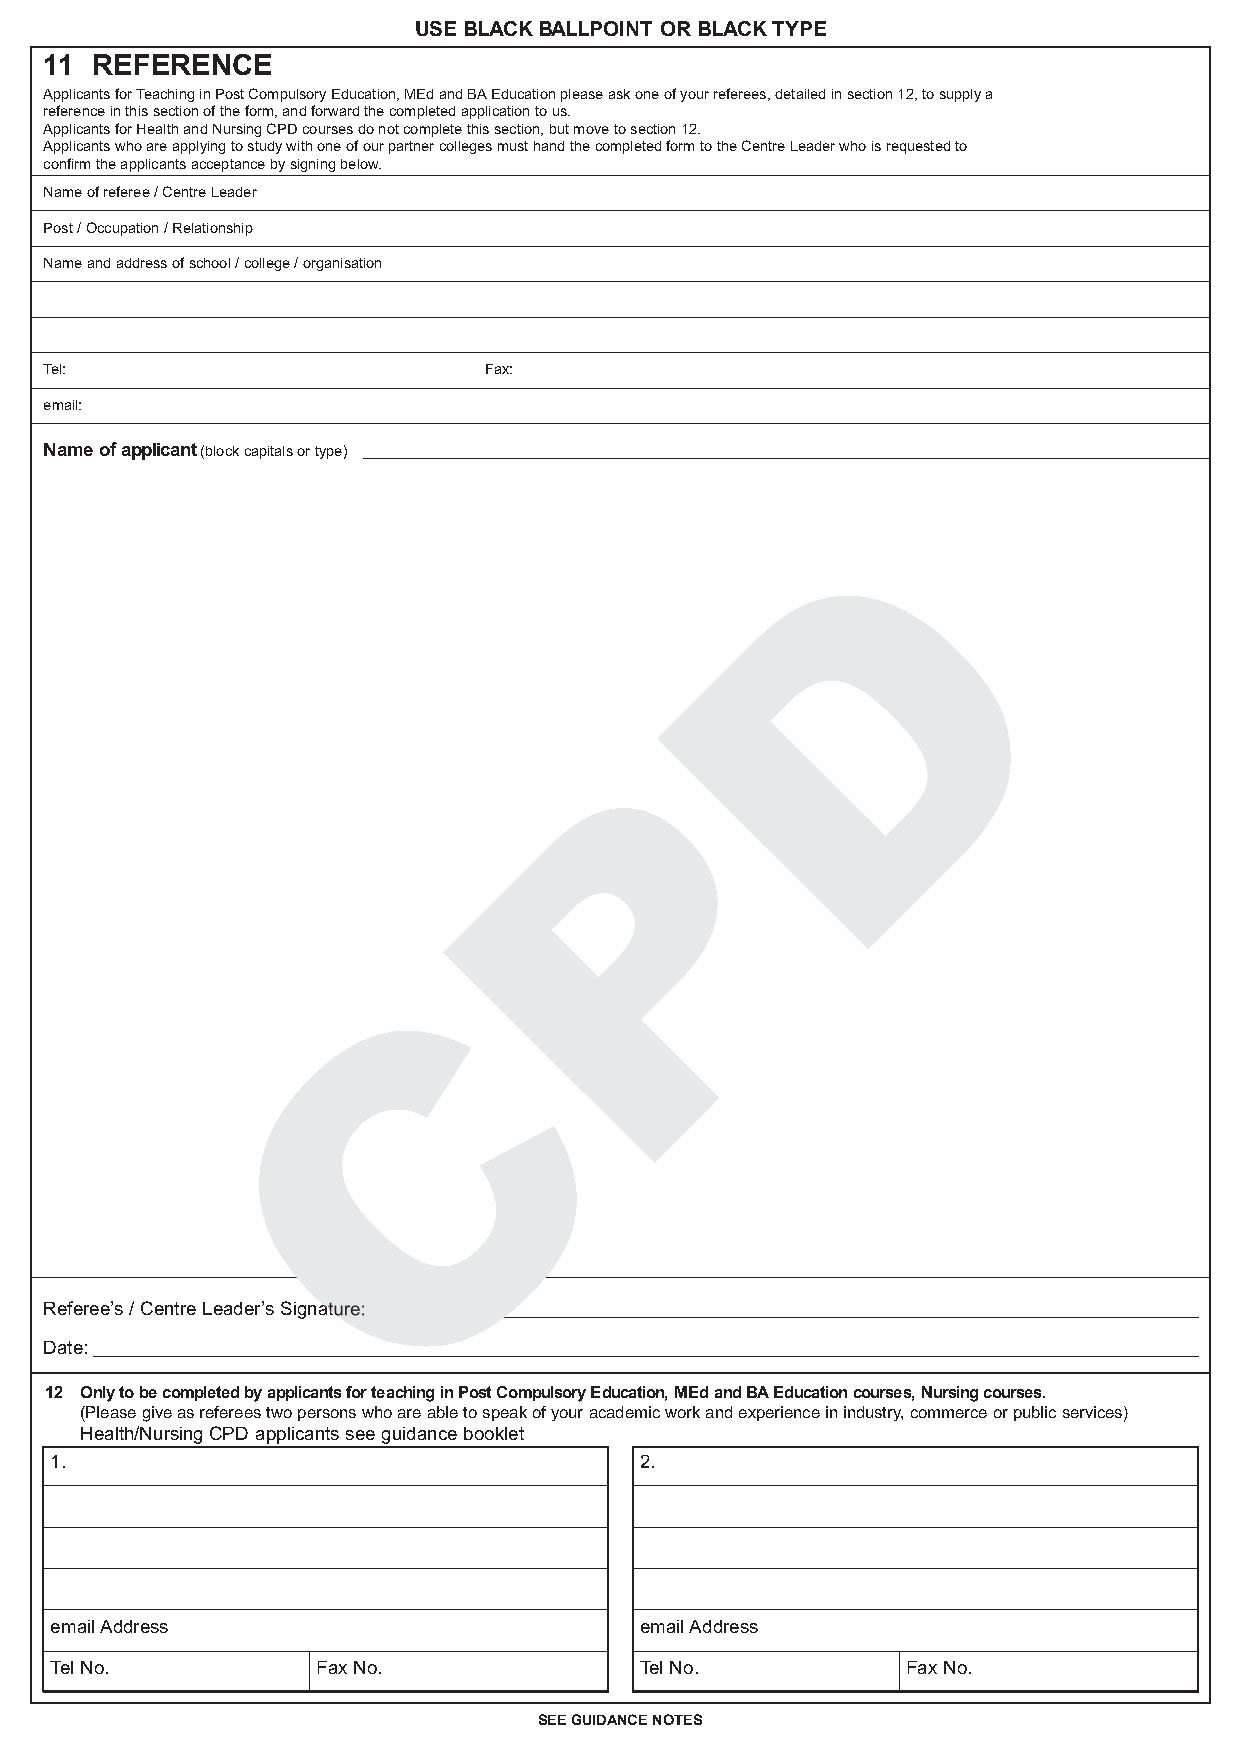
B065-0001-7 App Form CPD:B065-0001-5 App Form 1/10/07 11:12 Page 4
 USE BLACK BALLPOINT OR BLACK TYPE
 11 REFERENCE
 Applicants for Teaching in Post Compulsory Education, MEd and BA Education please ask one of your referees, detailed in section 12, to supply a
 reference in this section of the form, and forward the completed application to us.
 Applicants for Health and Nursing CPD courses do not complete this section, but move to section 12.
 Applicants who are applying to study with one of our partner colleges must hand the completed form to the Centre Leader who is requested to
 confirm the applicants acceptance by signing below.
 Name of referee / Centre Leader
 Post / Occupation / Relationship
 Name and address of school / college / organisation
 Tel:                         Fax:
 email:
 Name of applicant(block capitals or type)
 Referee’s / Centre Leader’s Signature:
 Date:
 12 Only to be completed by applicants for teaching in Post Compulsory Education, MEd and BA Education courses, Nursing courses.
 (Please give as referees two persons who are able to speak of your academic work and experience in industry, commerce or public services)
 Health/Nursing CPD applicants see guidance booklet
 1.                                     2.
 email Address                          email Address
 Tel No.           Fax No.              Tel No.           Fax No.
 SEE GUIDANCE NOTES